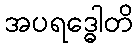
အပရဒ္ဓေါတိ